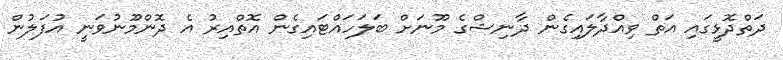
ދަތްދޮޅީގައި އަތް ވިއްދާލައިގެން ދާނިޝްގެ މޫނަށް ބަލަހައްޓައިގެން އޮތްއިރު އެ ދޮންމޫނުވަނީ އުފަލުން